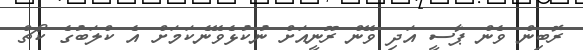
ރޮބިން ވެން ޕާސީ އަދި ވޭން ރޫނީއަށް ނުކުޅެވޭނެކަމަށް އެ ކްލަބުގެ ކޯޗް